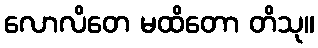
လောလိတေ မထိတော တိသု။